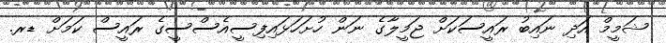
ޝަމީމް އަދި ނައިބު ރައީސަކަށް ޖަމީލާގެ ނަން ހުށަހަޅައިފިސީއެސްސީގެ ރައީސް ކަމަށް ޑރ.